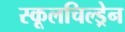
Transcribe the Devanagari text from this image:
स्कूलचिल्ड्रेन